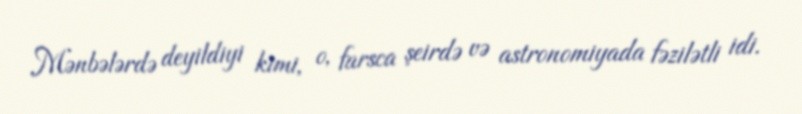
Mənbələrdə deyildiyi kimi, o, farsca şeirdə və astronomiyada fəzilətli idi.